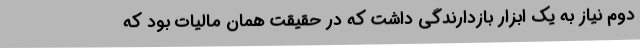
دوم نیاز به یک ابزار بازدارندگی داشت که در حقیقت همان مالیات بود که